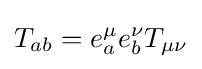
T_{ab}=e_{a}^{\mu }e_{b}^{\nu }T_{\mu \nu }